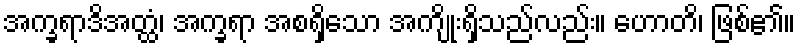
အက္ခရာဒိအတ္ထံ၊ အက္ခရာ အစရှိသော အကျိုးရှိသည်လည်း။ ဟောတိ၊ ဖြစ်၏။